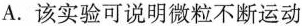
A.该实验可说明微粒不断运动